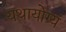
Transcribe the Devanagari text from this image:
यथायोग्यं